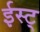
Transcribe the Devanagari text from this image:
ईस्ट्